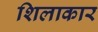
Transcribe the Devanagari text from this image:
शिलाकार